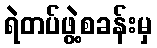
ရဲတပ်ဖွဲ့စခန်းမှ